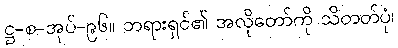
ဋ္ဌ-စ-အုပ်-၉၆။ ဘရားရှင်၏ အလိုတော်ကို သိတတ်ပုံ၊